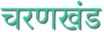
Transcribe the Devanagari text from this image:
चरणखंड